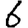
Digit: 6